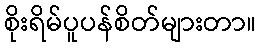
စိုးရိမ်ပူပန်စိတ်များတာ။